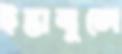
ইস্তাম্বুলে